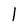
Character: l